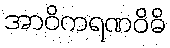
အာဝိကရဏဝိဓိ